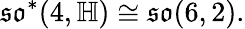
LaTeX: {\mathfrak{so}}^{*}(4,\mathbb{H})\cong{\mathfrak{so}}(6,2).